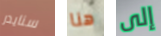
سنايدر هنا إلى